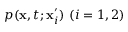
p ( \mathbf { x } , t ; \mathbf { x } _ { i } ^ { \prime } ) \ ( i = 1 , 2 )